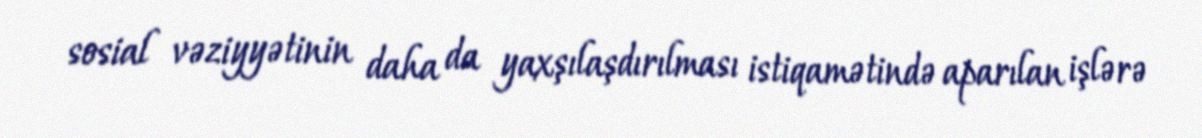
sosial vəziyyətinin daha da yaxşılaşdırılması istiqamətində aparılan işlərə